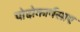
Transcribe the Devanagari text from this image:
पोदोकार्पसाए